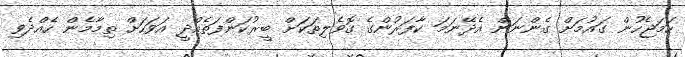
ހަމަޖެހުން ގައުމަށް ގެންނަން އެދޭނަމަ ކާފަރުންގެ ގޮވެލިތަކަށް ބީރުކަންފަތެއްދީ އަވަހަށް ތިމާމެން ހެއްދެވި